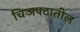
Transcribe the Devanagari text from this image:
चिञपटातील